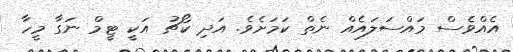
އެއްވެސް މައްސަލައެއް ނެތް ކަމަށެވެ. އަދި ކޯޗު އަކީ ޓީމް ނަގާ މީހާ